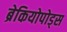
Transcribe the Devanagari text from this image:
ब्रेकियोपोड्स